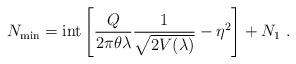
LaTeX: \begin{align*}N_{\rm min} = {\rm int} \left[ \frac{Q}{2\pi\theta \lambda} \frac{1}{\sqrt{2V(\lambda)}} - \eta^2 \right] + N_1 ~ .\end{align*}